65_HS1-834228961_62-HQ-83894_Section_3
Agency: FBI
Page 69
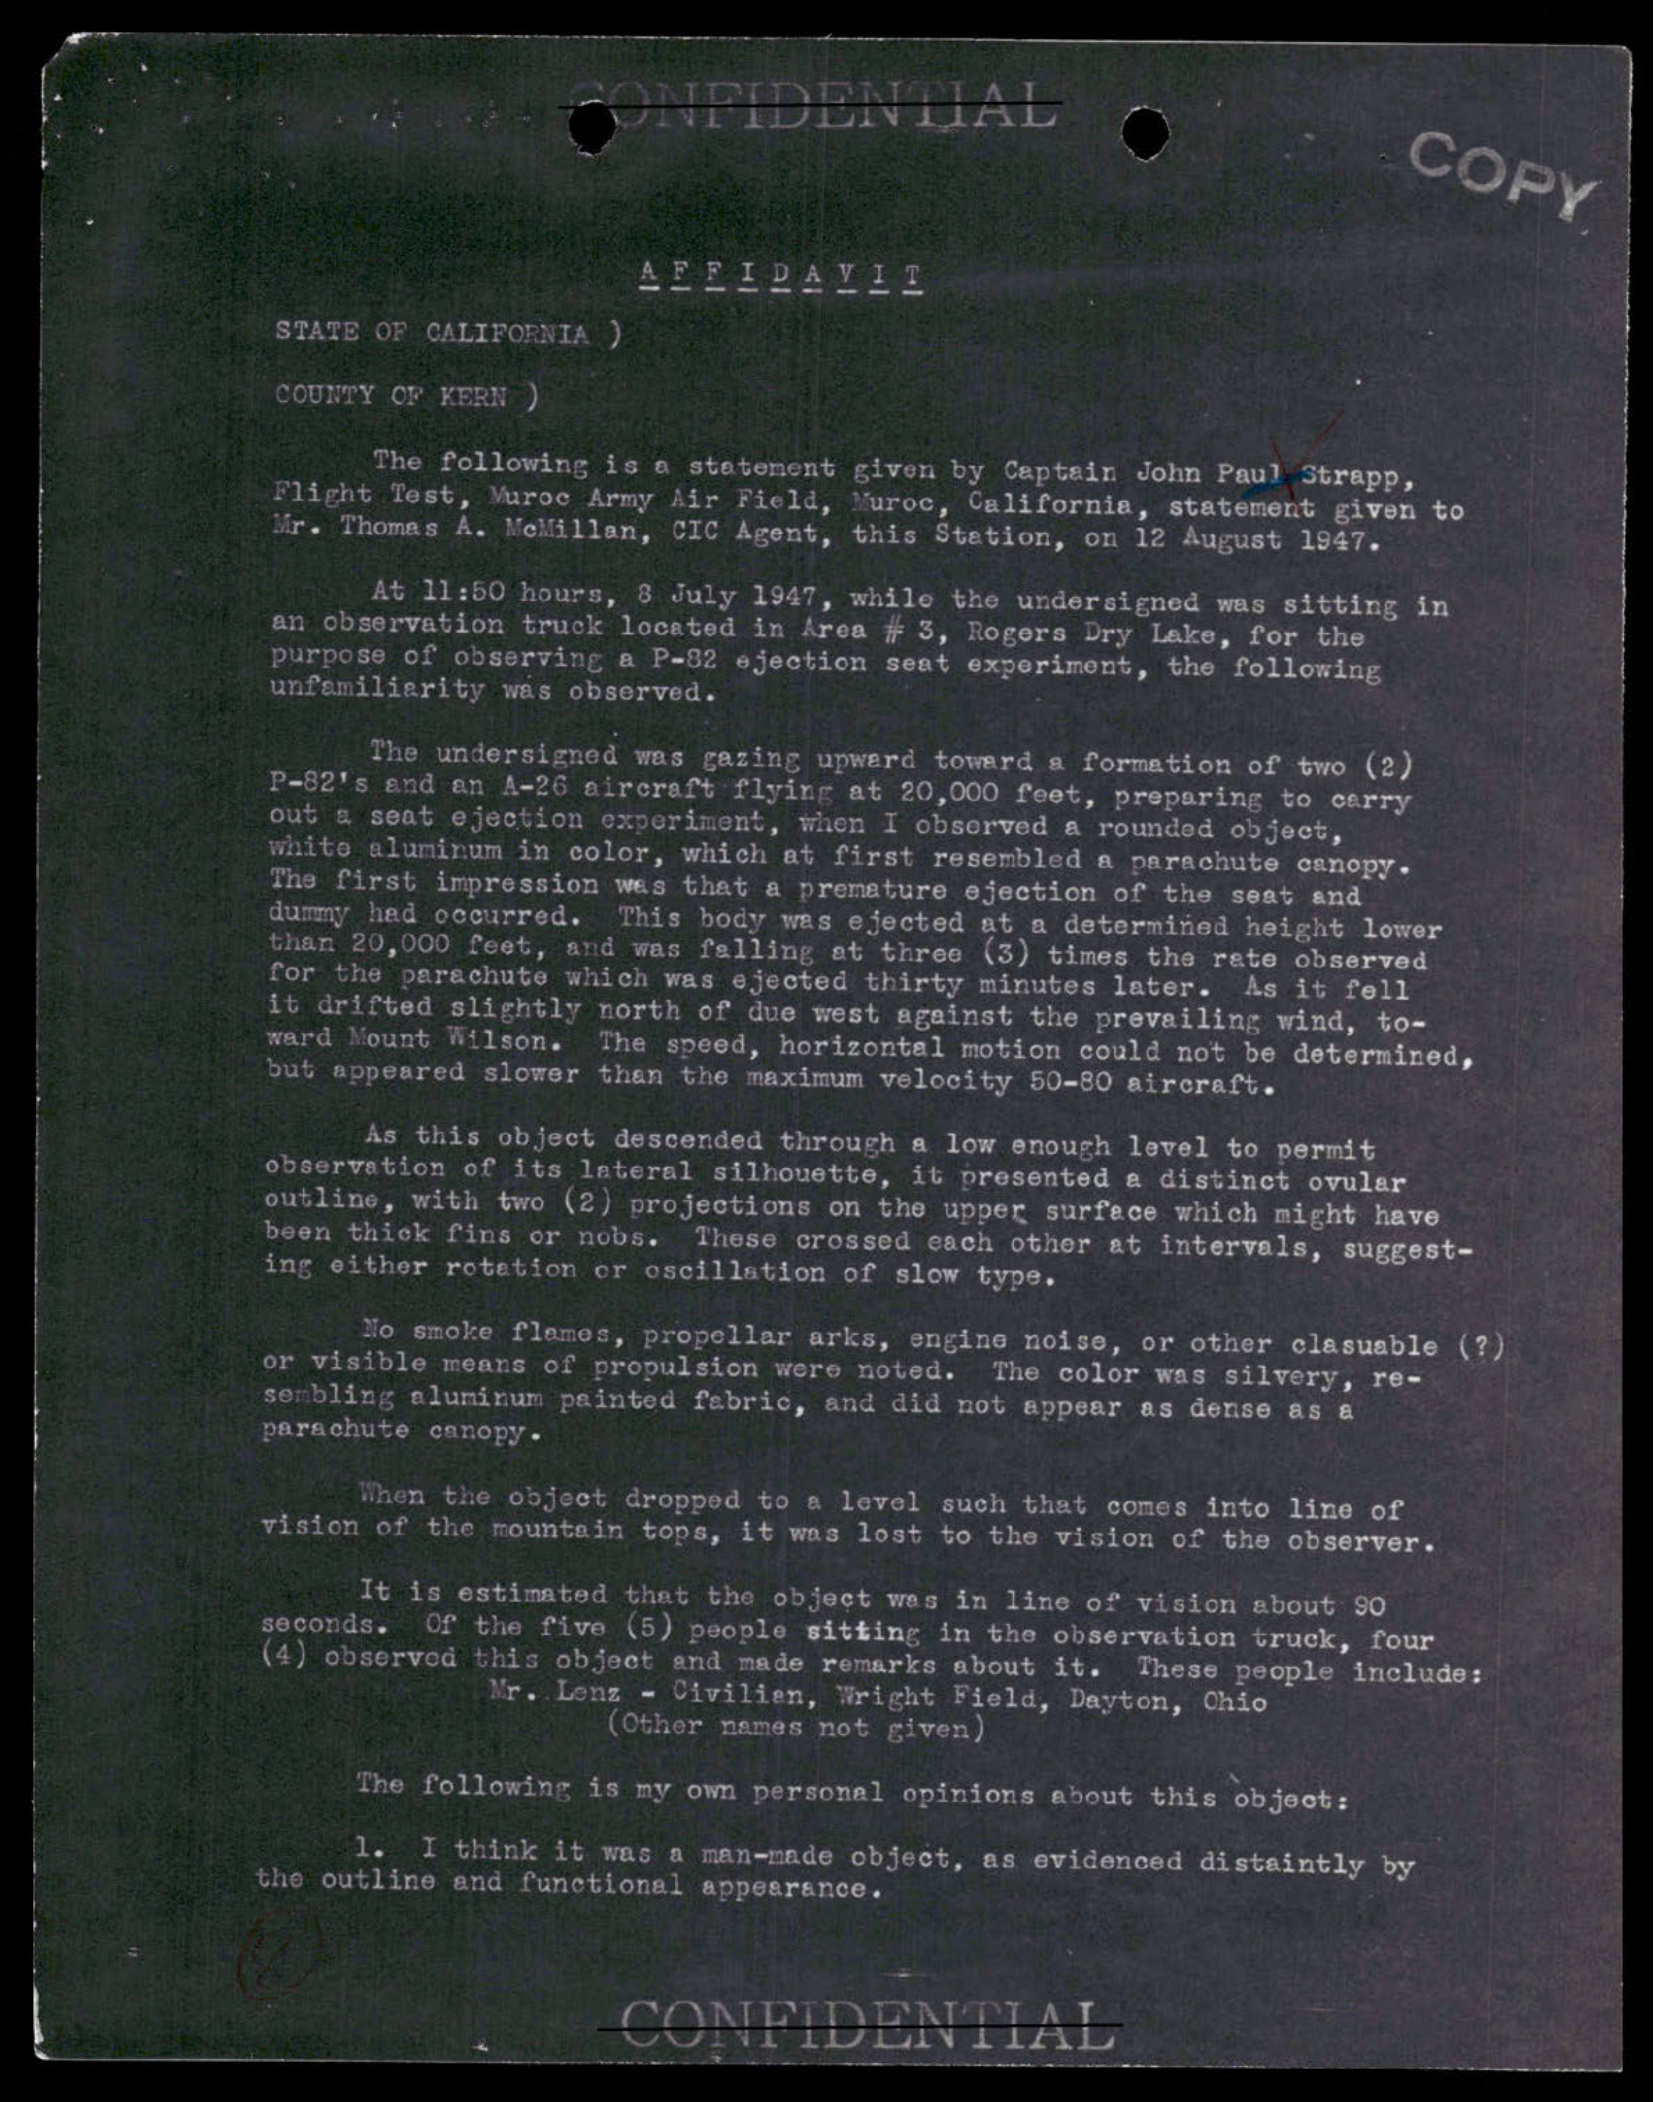